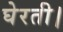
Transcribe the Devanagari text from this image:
घेरती।